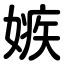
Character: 嫉